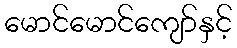
မောင်မောင်ကျော်နှင့်